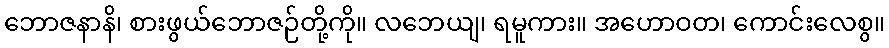
ဘောဇနာနိ၊ စားဖွယ်ဘောဇဉ်တို့ကို။ လဘေယျ၊ ရမူကား။ အဟောဝတ၊ ကောင်းလေစွ။